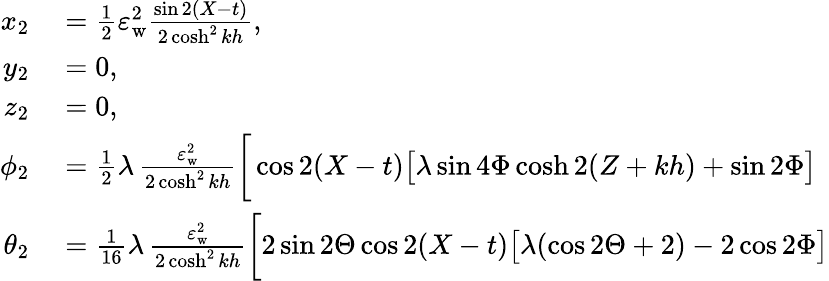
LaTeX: \begin{array}{rl}{x_{2}}&{{}=\frac{1}{2}\varepsilon_{\mathrm{w}}^{2}\frac{\sin 2(X-t)}{2\cosh^{2}kh},}\\ {y_{2}}&{{}=0,}\\ {z_{2}}&{{}=0,}\\ {\phi_{2}}&{{}=\frac{1}{2}\lambda\, \frac{\varepsilon_{\mathrm{w}}^{2}}{2\cosh^{2}kh}\bigg[\cos 2(X-t)\big[\lambda\sin{4\Phi}\cosh 2(Z+kh)+\sin{2\Phi}\big]}\\ {\theta_{2}}&{{}=\frac{1}{16}\lambda\, \frac{\varepsilon_{\mathrm{w}}^{2}}{2\cosh^{2}kh}\bigg[2\sin{2\Theta}\cos 2(X-t)\big[\lambda(\cos{2\Theta}+2)-2\cos{2\Phi}\big]}\end{array}